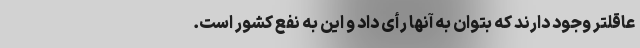
عاقلتر وجود دارند که بتوان به آنها رأی داد و این به نفع کشور است.